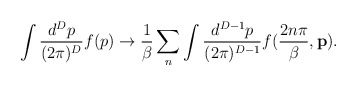
\begin{align*}\int \frac{d^{D}p}{(2 \pi)^D}f(p)\rightarrow \frac{1}{\beta} \sum_{n} \int \frac{d^{D-1}p}{(2 \pi)^{D-1}}f(\frac{2n\pi}{\beta}, {\bf p}).\end{align*}